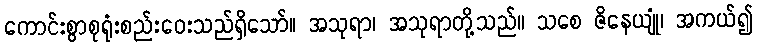
ကောင်းစွာစုရုံးစည်းဝေးသည်ရှိသော်။ အသုရာ၊ အသုရာတို့သည်။ သစေ ဇိနေယျုံ၊ အကယ်၍